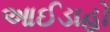
આઈડાહો